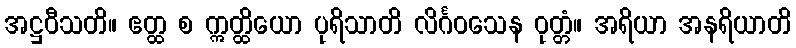
အဋ္ဌဝီသတိ။ ဧတ္ထ စ ဣတ္ထိယော ပုရိသာတိ လိင်္ဂဝသေန ဝုတ္တံ။ အရိယာ အနရိယာတိ